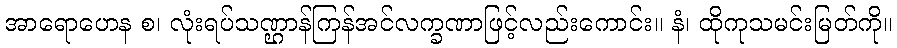
အာရောဟေန စ၊ လုံးရပ်သဏ္ဌာန်ကြန်အင်လက္ခဏာဖြင့်လည်းကောင်း။ နံ၊ ထိုကုသမင်းမြတ်ကို။